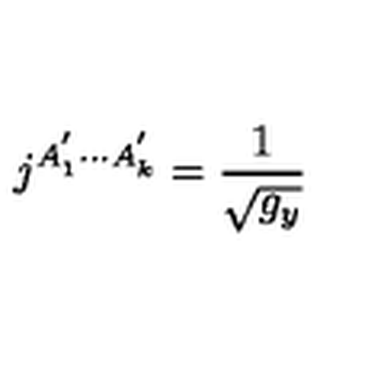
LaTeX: j ^ { A _ { 1 } ^ { ^ { \prime } } \cdot \cdot \cdot A _ { k } ^ { ^ { \prime } } } = \frac 1 { \sqrt { g _ { y } } }